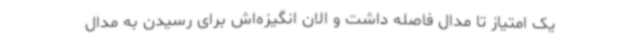
یک امتیاز تا مدال فاصله داشت و الان انگیزه‌اش برای رسیدن به مدال